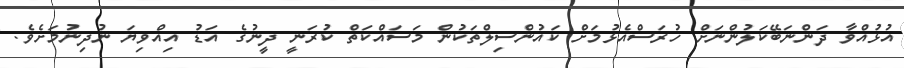
އުޅުއްވާ ދަންނަބޭކަލުންނަށް ހުރަސްއެޅުމަށް ކައުންސިލްތަކުން މަސައްކަތް ކުރަނީ ދީނުގެ އަޑު އިއްވިޔަ ނުދިނުމަށެވެ.